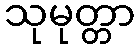
သုမုတ္တာ